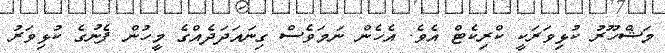
މަޝްހޫރު ކުޅިވަރަކީ ކްރިކެޓް އެވެ. އެހެން ނަމަވެސް ގިނައަދަދެއްގެ މީހުން ފެނުގެ ކުޅިވަރު